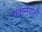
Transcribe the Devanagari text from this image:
थकानेवाली